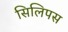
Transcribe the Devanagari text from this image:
सिलिपस